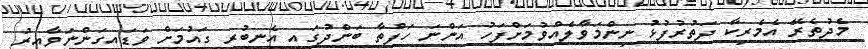
މެދުތެރޭ އެމެރިކާ ދަތުރުފުޅު ނިންމަވާލެއްވުމަށްފަހު އަންނަ ހަފްތާ ބަންދުގައި އެނބުރި ގައުމަށް ވަޑައިގަންނަވާއިރު